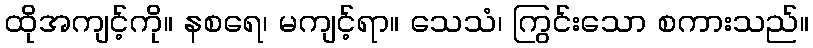
ထိုအကျင့်ကို။ နစရေ၊ မကျင့်ရာ။ သေသံ၊ ကြွင်းသော စကားသည်။